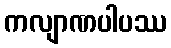
ကလျာဏပါပဿ